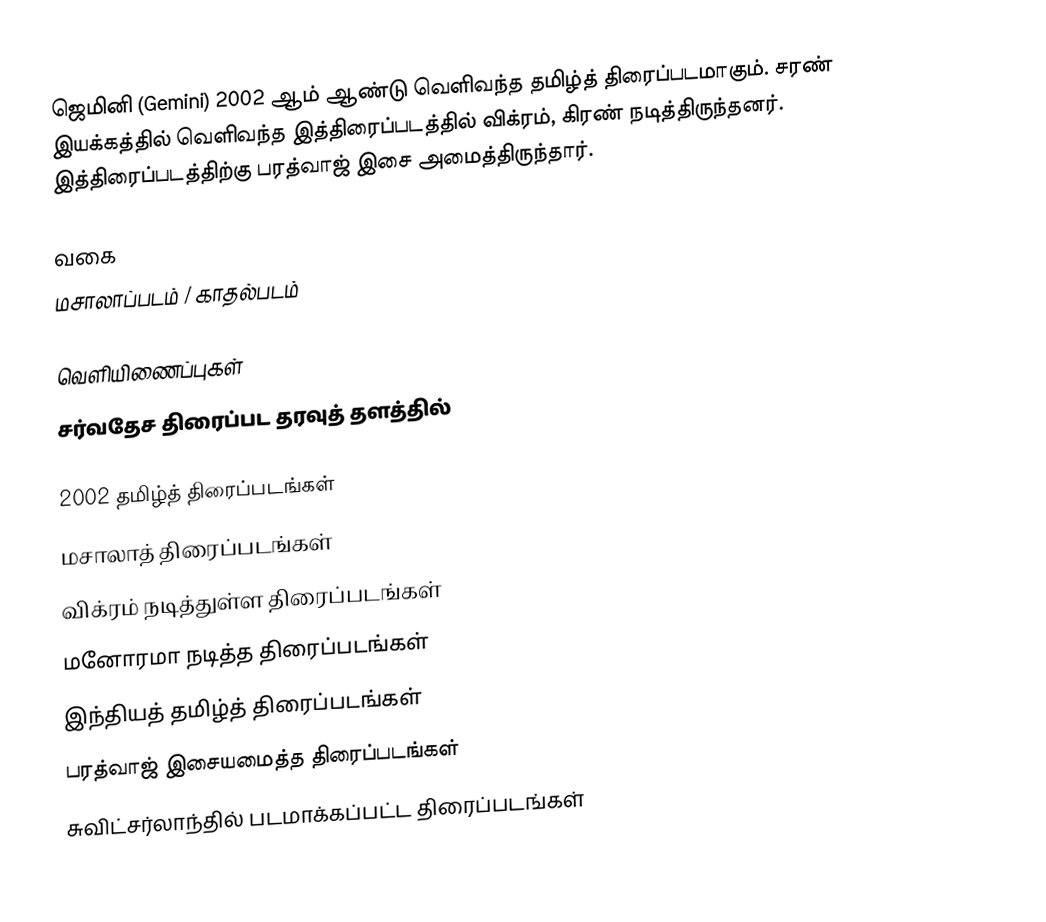
ஜெமினி (Gemini) 2002 ஆம் ஆண்டு வெளிவந்த தமிழ்த் திரைப்படமாகும். சரண் இயக்கத்தில் வெளிவந்த இத்திரைப்படத்தில் விக்ரம், கிரண் நடித்திருந்தனர். இத்திரைப்படத்திற்கு பரத்வாஜ் இசை அமைத்திருந்தார்.

வகை
மசாலாப்படம் / காதல்படம்

வெளியிணைப்புகள்
சர்வதேச திரைப்பட தரவுத் தளத்தில்

2002 தமிழ்த் திரைப்படங்கள்
மசாலாத் திரைப்படங்கள்
விக்ரம் நடித்துள்ள திரைப்படங்கள்
மனோரமா நடித்த திரைப்படங்கள்
இந்தியத் தமிழ்த் திரைப்படங்கள்
பரத்வாஜ் இசையமைத்த திரைப்படங்கள்
சுவிட்சர்லாந்தில் படமாக்கப்பட்ட திரைப்படங்கள்